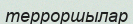
терроршылар